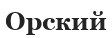
Орский